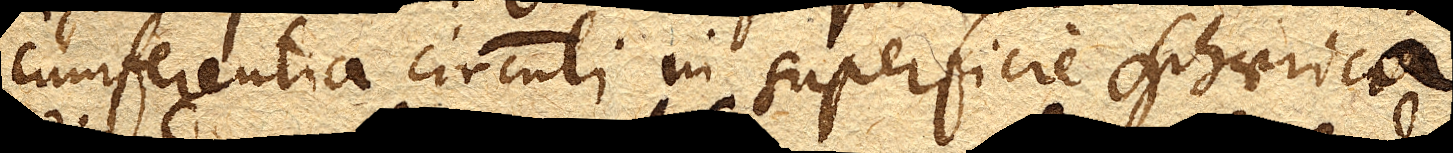
cumferentia circuli in superficie sphaerica